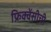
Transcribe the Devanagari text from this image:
फ्रिक्वेंसीची